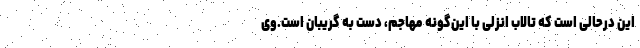
این درحالی است که تالاب انزلی با این‌گونه مهاجم، دست به گریبان است.وی